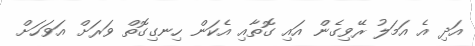
އަދި އެ އަމަލު ރޭވިގެން އައި ގޮތާއި އެކަން ހިނގިގޮތް ވަރަށް އަވަހަށް